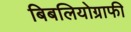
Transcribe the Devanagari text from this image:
बिबलियोग्राफी